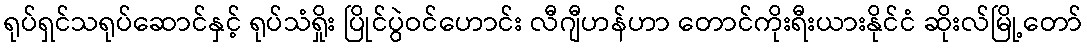
ရုပ်ရှင်သရုပ်ဆောင်နှင့် ရုပ်သံရှိုး ပြိုင်ပွဲဝင်ဟောင်း လီဂျီဟန်ဟာ တောင်ကိုးရီးယားနိုင်ငံ ဆိုးလ်မြို့တော်